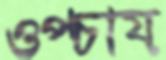
ওপ্‌চায়